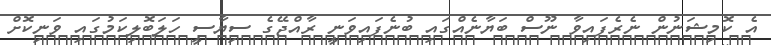
އެ ކޮމިޝަނުން ނެރެފައިވާ ނޫސް ބަޔާނެއްގައި ބުނެފައިވަނީ ރާއްޖޭގެ ސިޔާސީ ހަލަބޮލިކަމުގައި ވަނިކޮށް